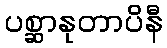
ပစ္ဆာနုတာပိနီ